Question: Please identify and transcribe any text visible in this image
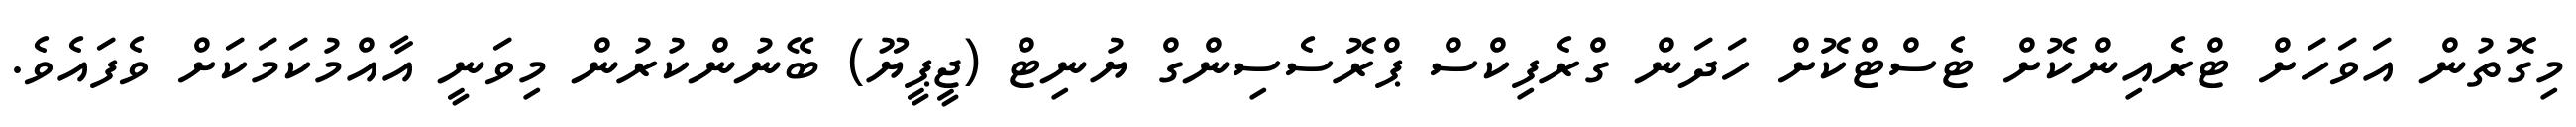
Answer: މިގޮތުން އަވަހަށް ޓްރެއިންކޮށް ޓެސްޓްކޮށް ހަދަން ގްރެފިކްސް ޕްރޮސެސިންގް ޔުނިޓް (ޖީޕީޔޫ) ބޭނުންކުރުން މިވަނީ އާއްމުކަމަކަށް ވެފައެވެ.